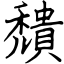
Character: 穨